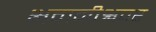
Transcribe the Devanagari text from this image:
भवानीश्वपर